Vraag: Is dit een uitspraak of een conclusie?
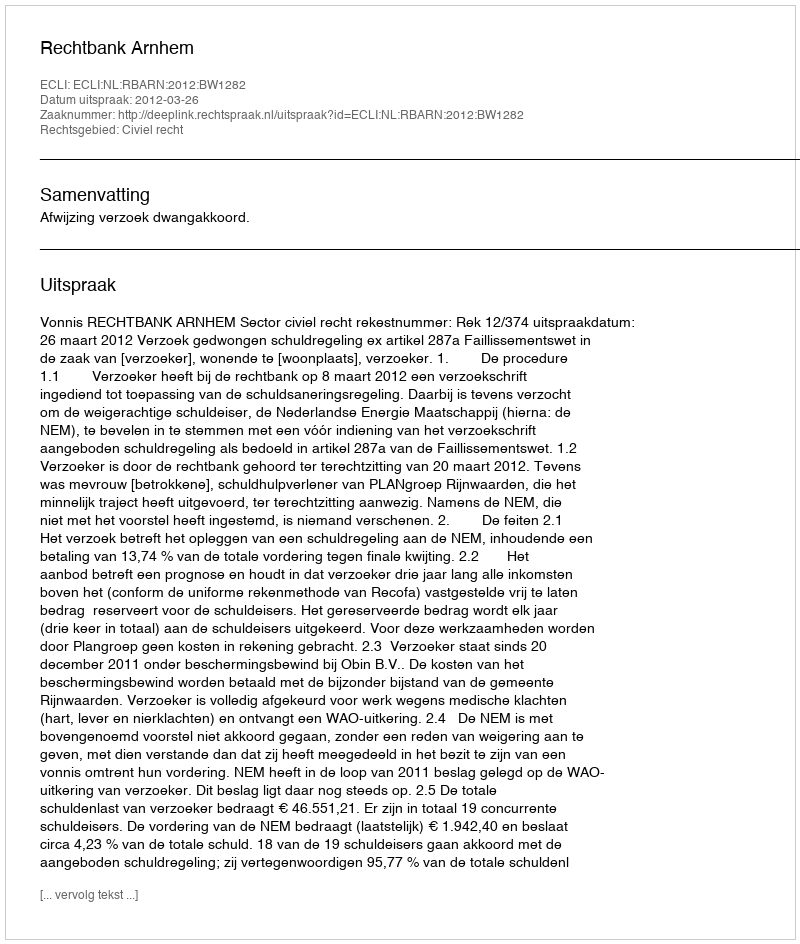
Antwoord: Uitspraak